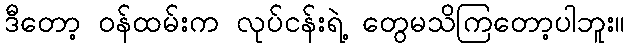
ဒီတော့ ဝန်ထမ်းက လုပ်ငန်းရဲ့ တွေမသိကြတော့ပါဘူး။